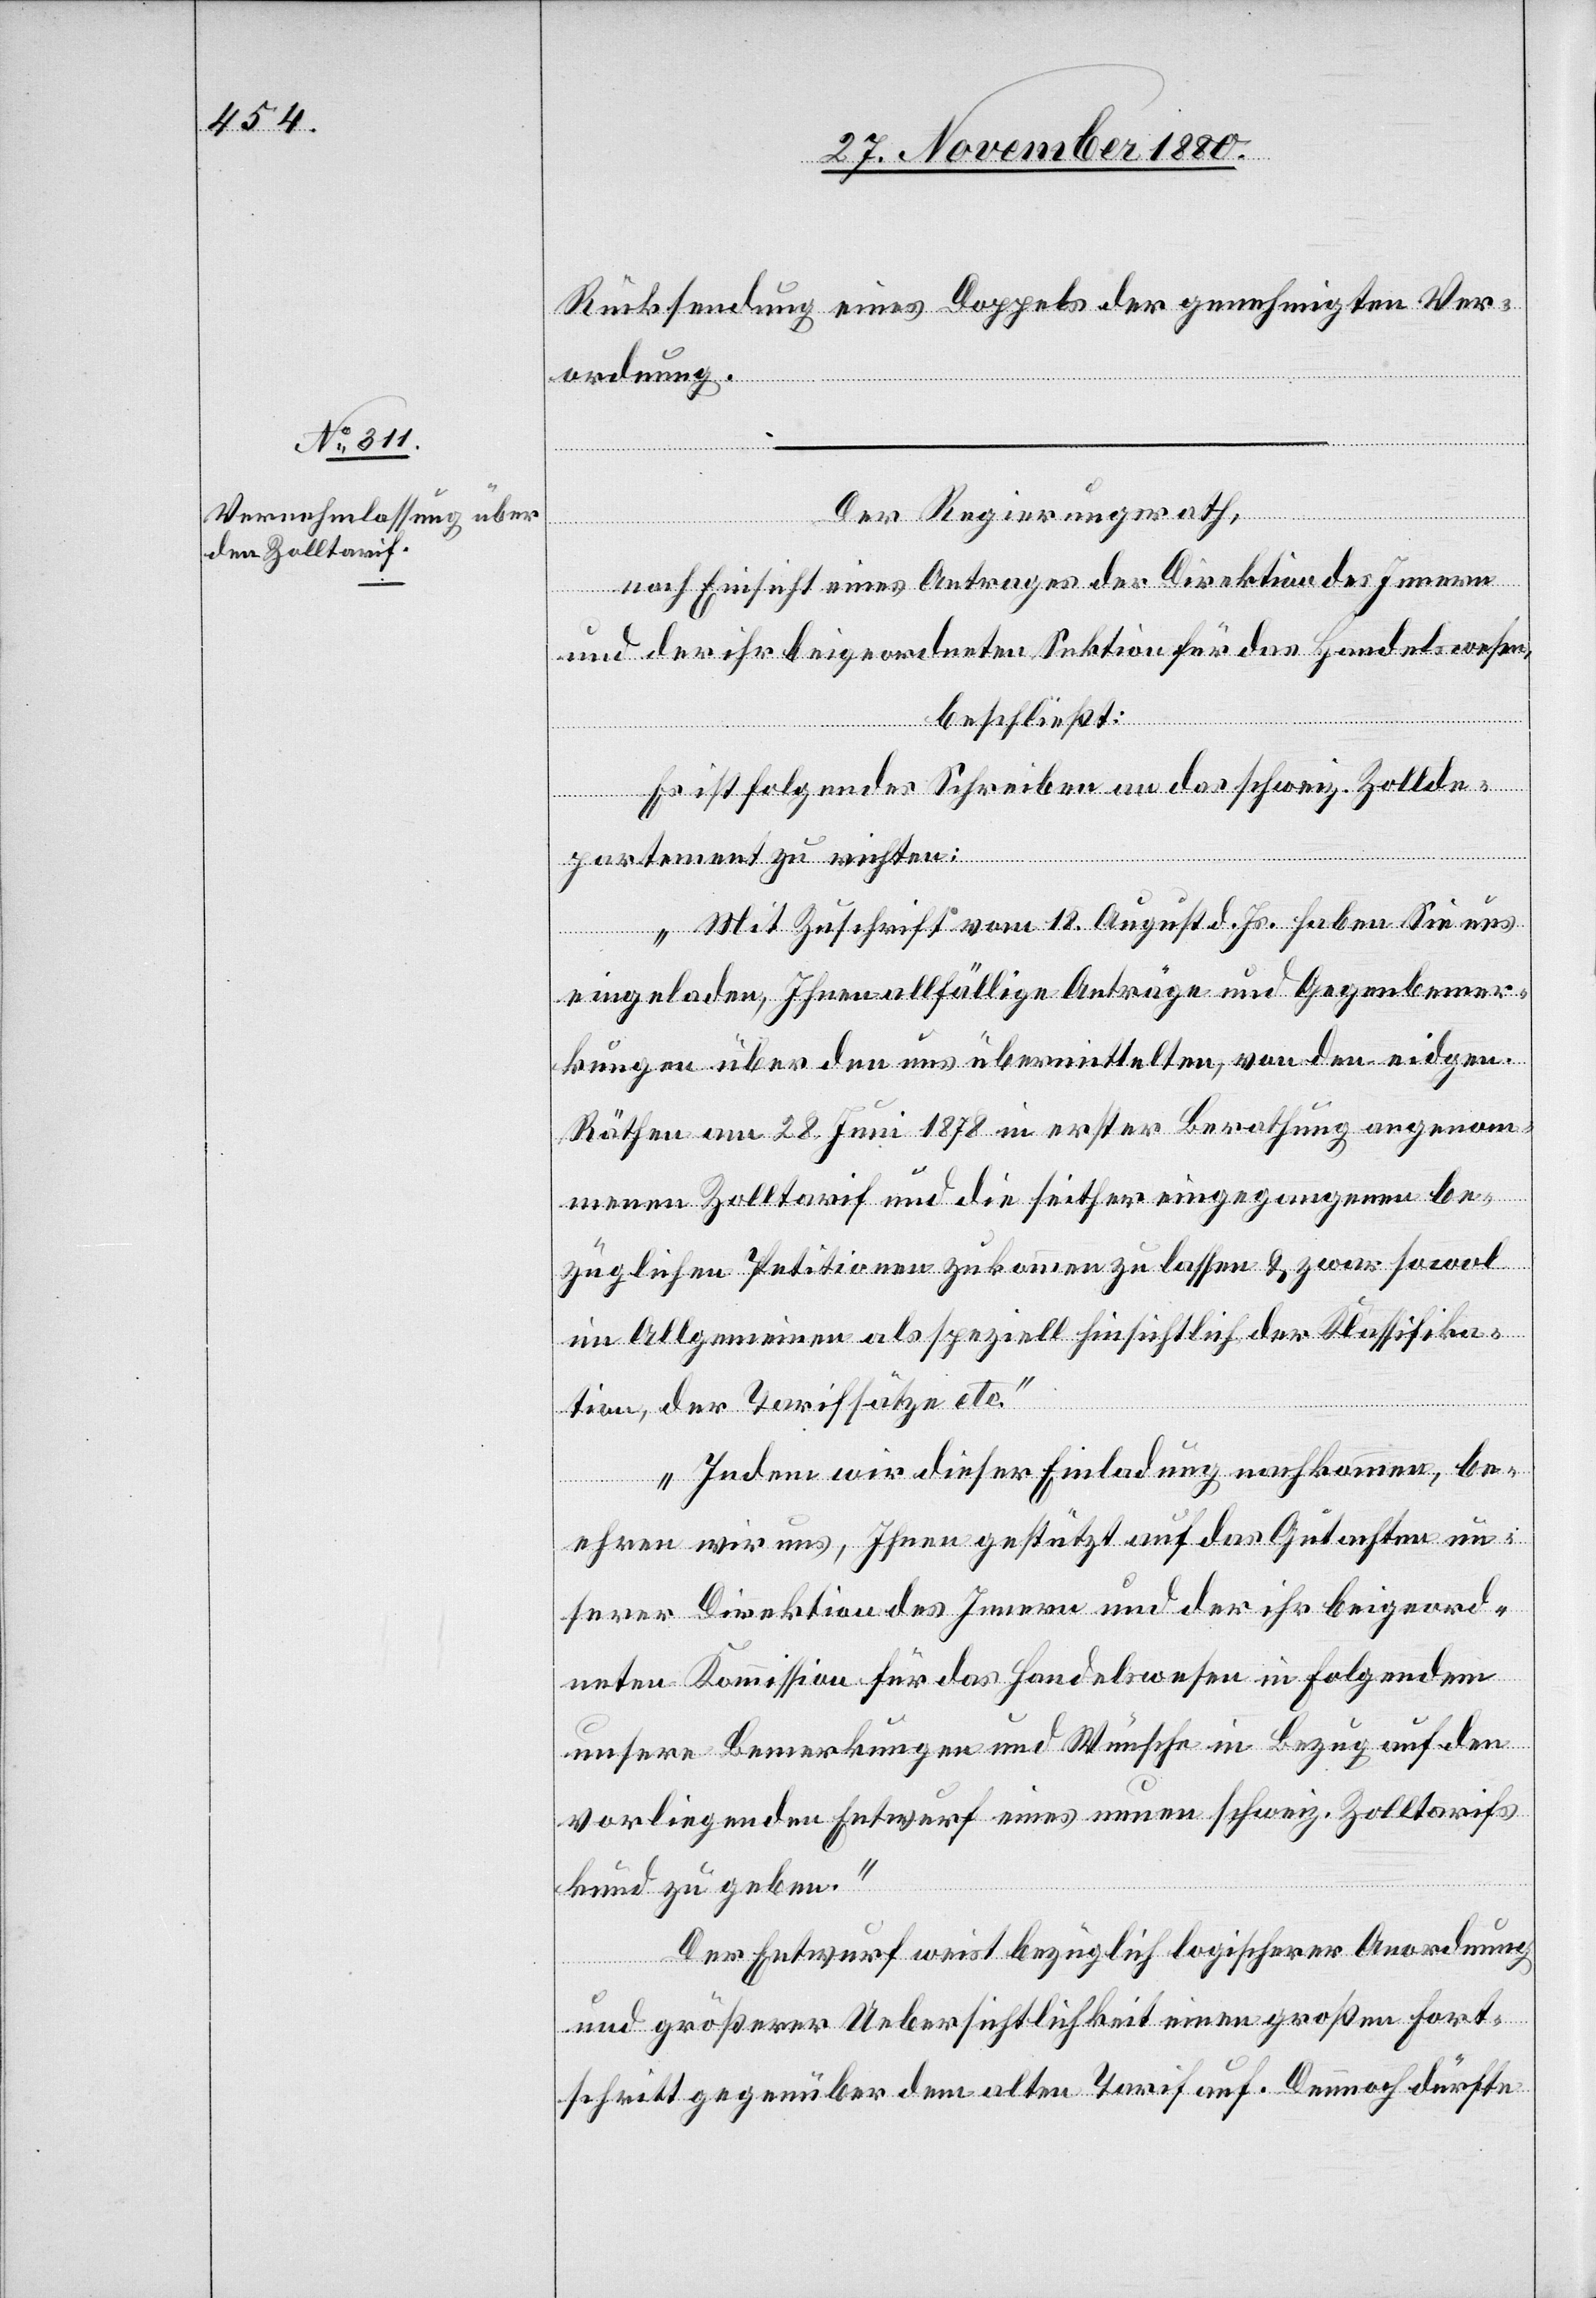
Rücksendung eines Doppels der genehmigten Ver¬
ordnung.
Der Regierungsrath,
nach Einsicht eines Antrages der Direktion des Innern
und der ihr beigeordneten Sektion für das Handelswesen,
beschließt:
Es ist folgendes Schreiben an das schweiz. Zollde¬
partement zu richten:
„Mit Zuschrift vom 18. August d. Js. haben Sie uns
eingeladen, Ihnen allfällige Anträge und Gegenbemer¬
kungen über den uns übermittelten, von den eidgen.
Räthen am 28. Juni 1878 in erster Berathung angenom¬
menen Zolltarif und die seither eingegangenen be¬
züglichen Petitionen zukommen zu lassen & zwar sowol
im Allgemeinen als speziell hinsichtlich der Klassifika¬
tion, der Tarifsätze etc.
Indem wir dieser Einladung nachkommen, be¬
ehren wir uns, Ihnen gestützt auf das Gutachten un¬
serer Direktion des Innern und der ihr beigeord¬
neten Kommission für das Handelswesen in Folgendem
unsere Bemerkungen und Wünsche in Bezug auf den
vorliegenden Entwurf eines neuen schweiz. Zolltarifs
kund zu geben.
Der Entwurf weist bezüglich logischerer Anordnung
und größerer Uebersichtlichkeit einen großen Fort¬
schritt gegenüber dem alten Tarif auf. Demnach dürfte